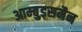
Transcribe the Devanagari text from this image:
आम्बुड्समैन